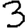
Digit: 3